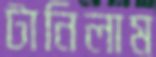
টানিলাম